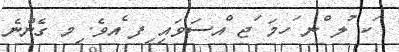
ަކ ުލ ްނ ަހމަ ަޖ ްއސަވައި ިފ ެއވެ. ިމ ގެންނެ